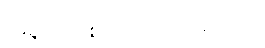
အရွယ်အစား ကို သတ်မှတ်ပါ။